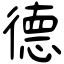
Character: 德